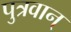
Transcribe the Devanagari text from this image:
पुत्रवान्